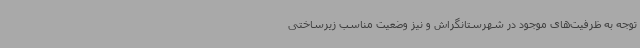
توجه به ظرفیت‌های موجود در شهرستانگراش و نیز وضعیت مناسب زیرساختی